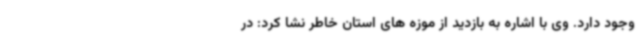
وجود دارد. وی با اشاره به بازدید از موزه های استان خاطر نشا کرد: در